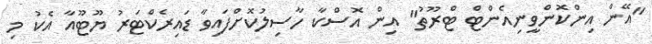
"އޭން އިންކޮންވީނިއެންޓް ޓްރޫތު" އިން އޮސްކާ ހާސިލުކޮށްފައިވާ ޑައިރެކްޓަރު ޔޫޓޫއާ އެކު މި